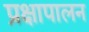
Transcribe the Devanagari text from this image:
प्रक्षापालन